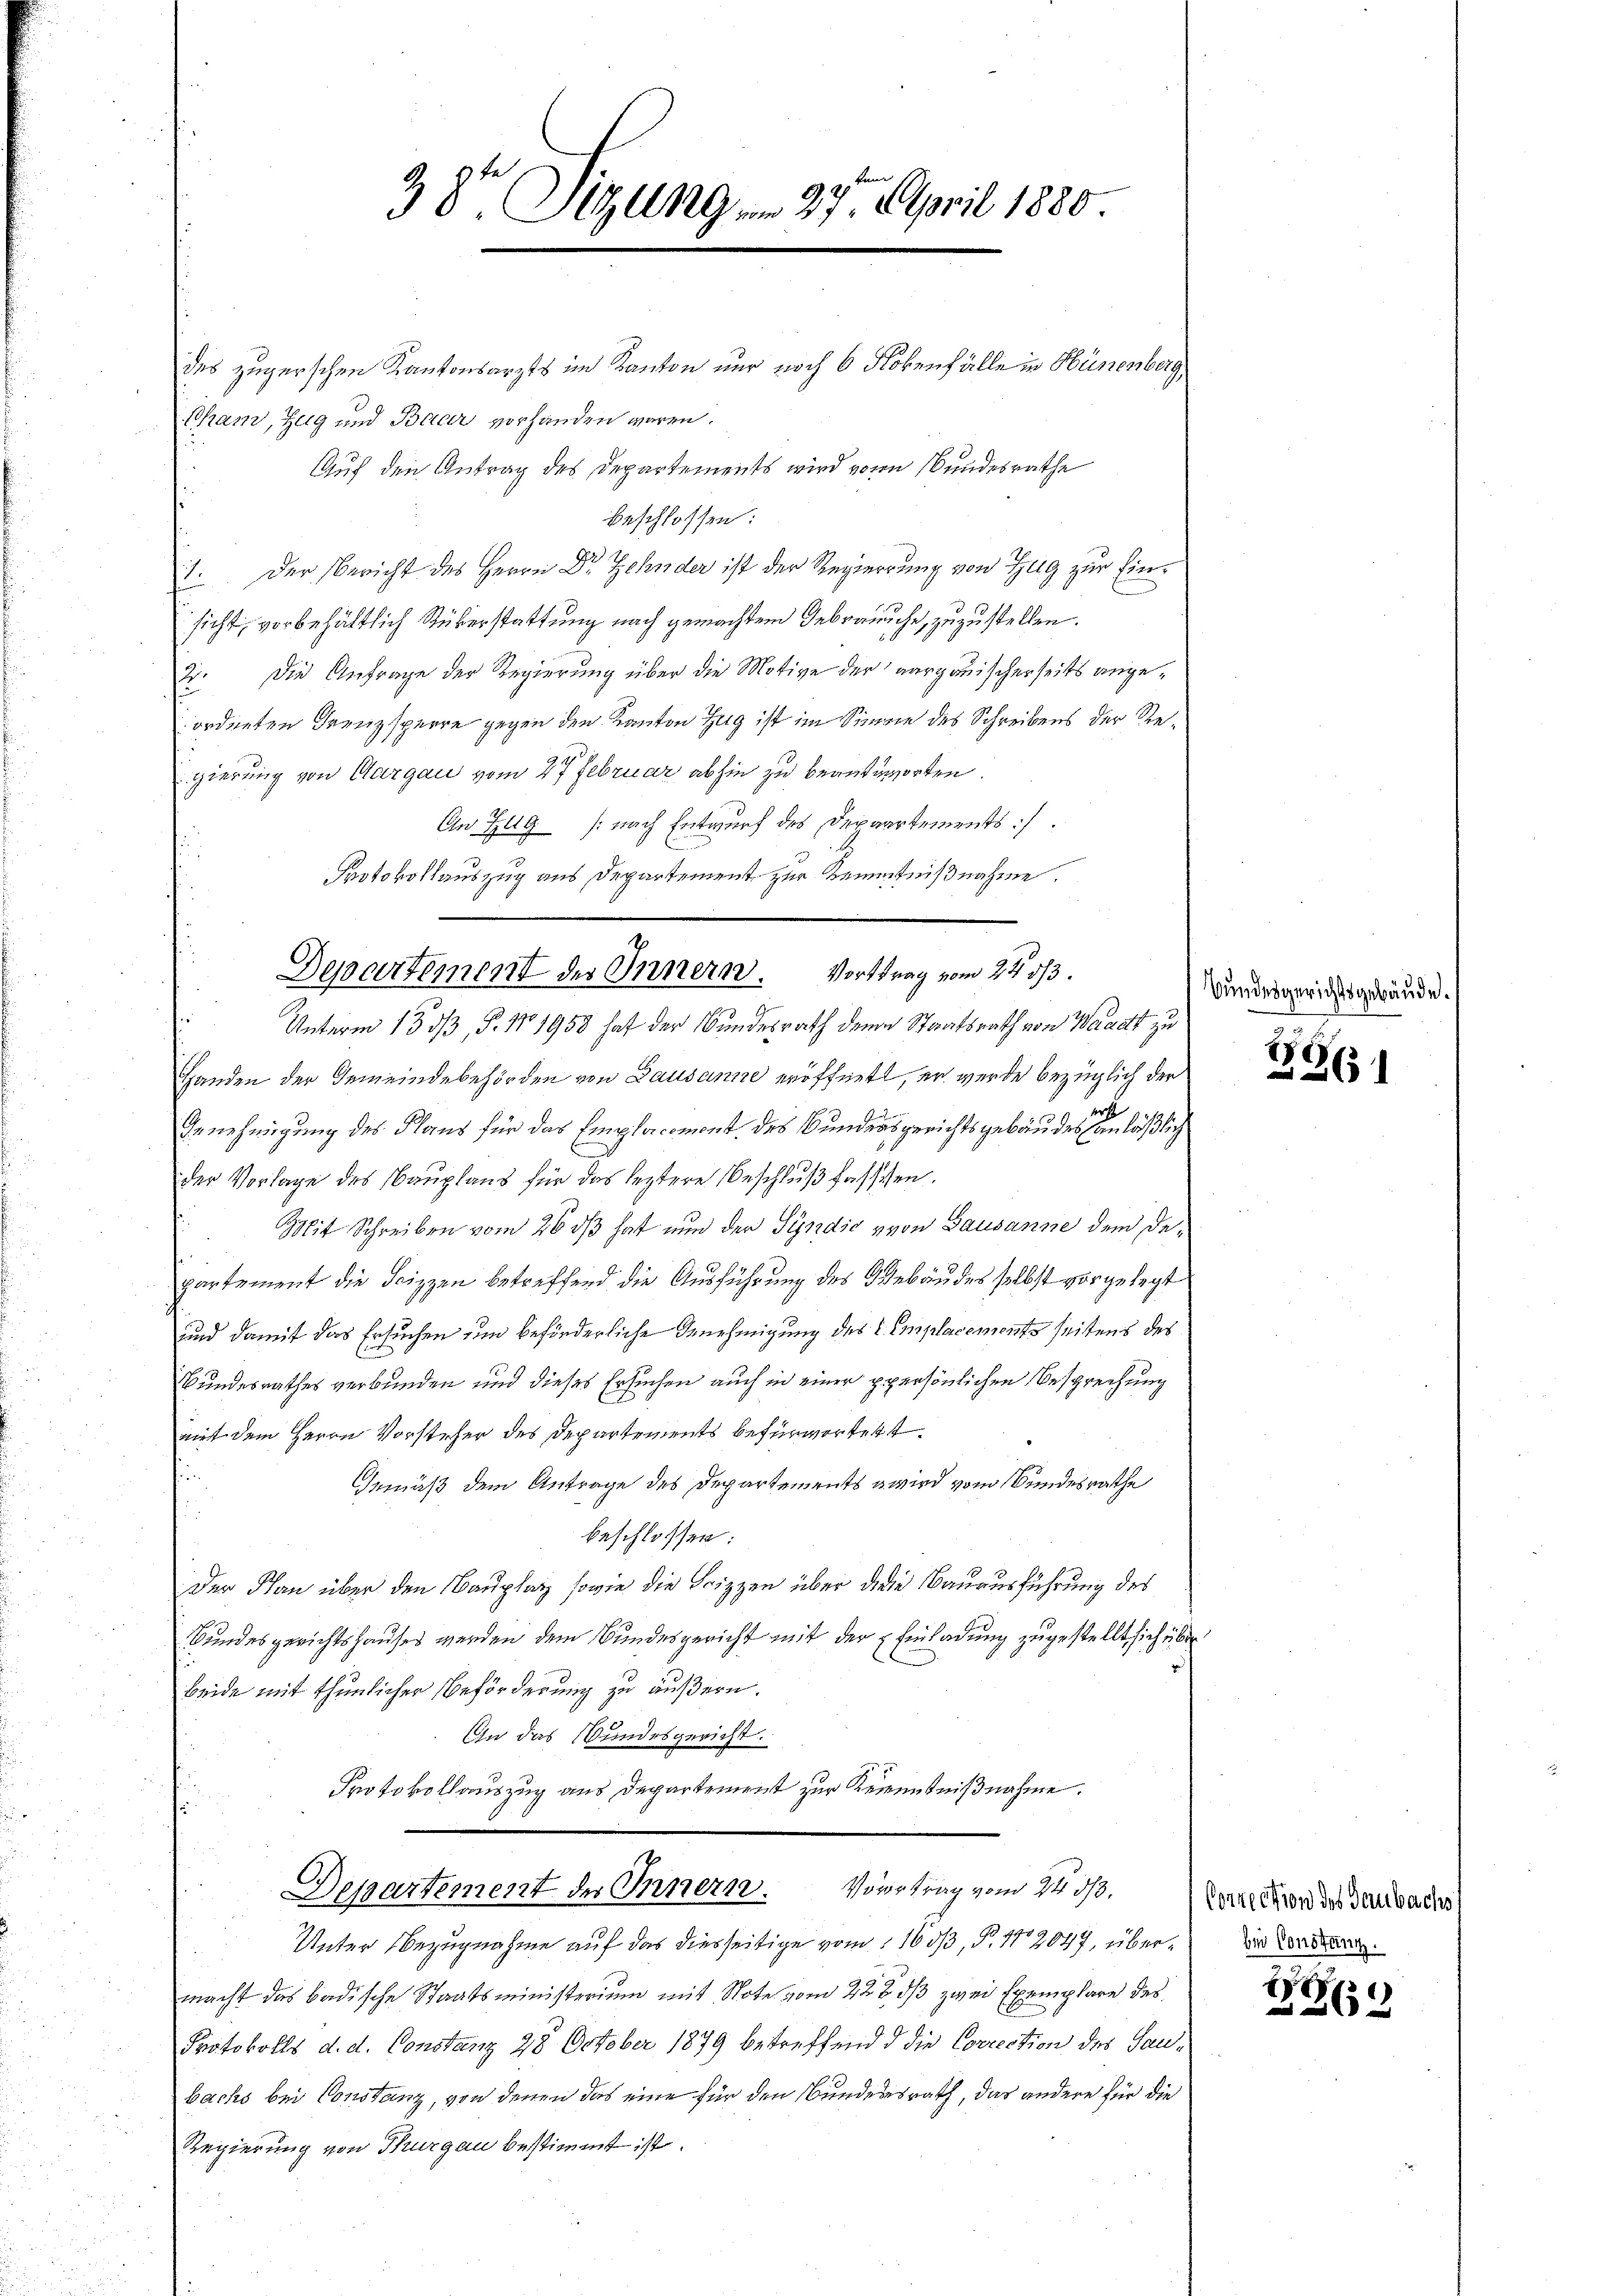
38te Sizung . 27. April 1880.

des zugerschen Kantonsarzts im Kanton nur noch 6 Nokenfälle in Hünenberg,
Cham, Zug und Baar vorhanden waren.
Auf den Antrag des Departements wird von Bundesrathe
beschlossen:
1. Der Bericht des Herrn Dr Zehnder ist der Regierung von Zug zur Einsicht, vorbehältlich Rüberstattung nach gemachtem Gebrauche, zuzustellen.
Die Anfrage der Regierung über die Motive der aargauischerseits angeordneten Grenzsperre gegen den Kanton Zug ist im Sinne des Schreibens der Regierung von Aargau vom 27 Februar abhin zu beantworten.
An Zug (nach Entwurf des Departements.
Protokollauszug aus Departement zur Kenntnißnahme.
Handen der Gemeindebehörden von Lausanne eröffnet, er wurde bezüglich der
d
Genehmigung des Klaus für das Emplacement des Bundesgerichtsgebäudes anläßlich
der Vorlage des Bauplaus für das leztere Beschluß fassesen.
Mit Schreiben vom 26 dß hat nun der Sÿndic von Gausanne dem Departement die Feizzen betreffend die Ausführung des Gebäudes selbst vorgelegt
und damit das Ersuchen um beförderliche Genehmigung des L. Emplacements seitens des
Bundesrathes verbunden und dieses Ersuchen auch in einer ppersönlichen Besprechung
mit dem Herrn Vorsteher des Departements befürwortett
i
Gemäß dem Antrage des Departements wird vom Bundesrathe
e
beschlossen:
Der Plan über den Bauplatz sowie die Scizzen über die Bauausführung des
Bundesgerichtshauses werden dem Bundesgericht mit der Einladung zugestellt sich über
beide mit thunlicher Beförderung zu äußern.
In das Bundesgericht.
Protokollauszug aus Departement zur Kenntnißnahme.
Departement des Innern. Vortrag von Moskaution den Tandaue
Unter Bezugnahme auf das diesseitige vom 16 dß, P. 172047, übermacht das badische Staatsministerium mit Note vom 22t ds zwei Exemplare des
Protokolls d. d. Constanz 28 October 1879 betreffend d die Correction des Saubachs bei Constanz, von denen das eine für den Bundesrath, das andere für die
Regierung von Thurgau bestimmt ist.

Departement des Innern. Vortrag vom 24. 573.
Unterm 13 dß, P. Nr. 1958 hat der Bundesrath denn Staatsrath von Waadt zu

Bundesgerichtsgebäude.

1861

bei Constung.

E
26